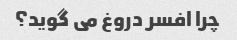
چرا افسر دروغ می گوید؟